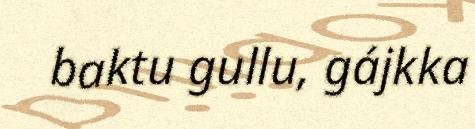
baktu gullu, gájkka